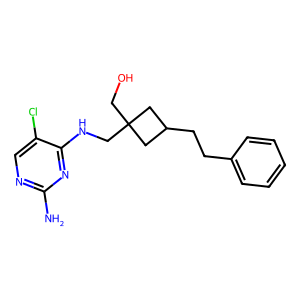
SMILES: Nc1ncc(Cl)c(NCC2(CO)CC(CCc3ccccc3)C2)n1
Inhibits HIV replication: No